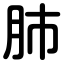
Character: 肺